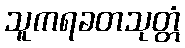
သူကရခတသုတ္တံ